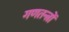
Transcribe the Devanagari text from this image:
गणतन्त्रों